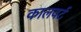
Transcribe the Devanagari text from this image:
कालवर्ट